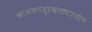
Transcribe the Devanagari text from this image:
खासकरदूरसंचारउद्योग